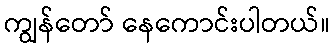
ကျွန်တော် နေကောင်းပါတယ်။